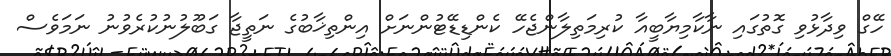
ހޭގް ވިދާޅުވި ގޮތުގައި ނާކާމިޔާބީއާ ކުރިމަތިލާންޖެހޭ ކެންޑިޑޭޓުންނަށް އިންތިޚާބުގެ ނަތީޖާ ގަބޫލުނުކުރެވުނު ނަމަވެސް